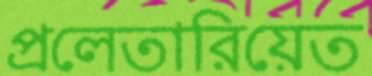
প্রলেতারিয়েত